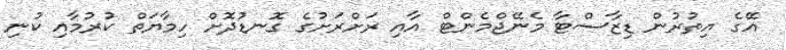
އޭގެ އިތުރުން ޑިޒާސްޓާ މެނޭޖްމެންޓް އާއި ރަށްރަށުގެ ގޮނޑުދޮށް ހިމާޔަތް ކުރުމާއި ކުނި